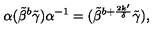
\alpha ( \tilde { \beta } ^ { b } \tilde { \gamma } ) \alpha ^ { - 1 } = ( \tilde { \beta } ^ { b + \frac { 2 k ^ { \prime } } { \delta } } \tilde { \gamma } ) ,